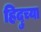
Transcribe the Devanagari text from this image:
हिदुच्या